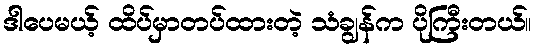
ဒါပေမယ့် ထိပ်မှာတပ်ထားတဲ့ သံချွန်က ပိုကြီးတယ်။